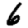
Digit: 6